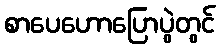
စာပေဟောပြောပွဲတွင်